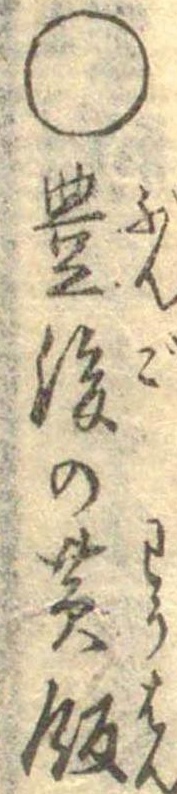
○豊後の黄飯